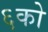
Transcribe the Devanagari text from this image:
६को